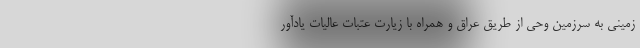
زمینی به سرزمین وحی از طریق عراق و همراه با زیارت عتبات عالیات یادآور